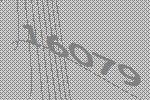
16079